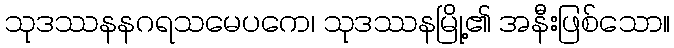
သုဒဿနနဂရသမေပကေ၊ သုဒဿနမြို့၏ အနီးဖြစ်သော။